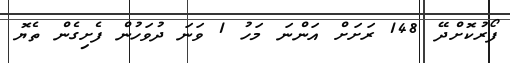
ފޯރުކޮށްދޭ 148 ރަށަށް އަންނަ މަހު 1 ވަނަ ދުވަހުން ފެށިގެން ތެޔޮ